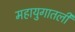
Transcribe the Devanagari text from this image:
महायुगातली